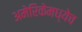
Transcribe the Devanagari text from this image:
अमेरिकेमध्येच